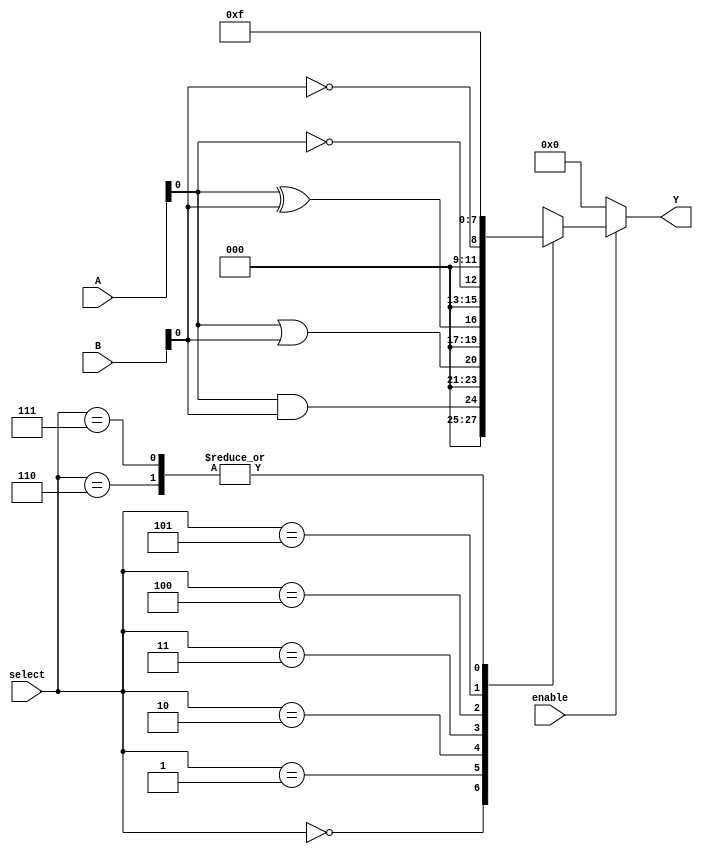
module CLB (
    input wire [3:0] A,          // Input signals (4-bit)
    input wire [3:0] B,          // Input signals (4-bit)
    input wire [2:0] select,     // Select signal for multiplexing
    input wire enable,            // Enable signal for the logic functions
    output reg [3:0] Y           // Output signals (4-bit)
);

// Internal signals for logic functions
wire and_out;
wire or_out;
wire xor_out;
wire not_a;
wire not_b;

// Logic functions
assign and_out = A & B;         // AND function
assign or_out = A | B;          // OR function
assign xor_out = A ^ B;         // XOR function
assign not_a = ~A;              // NOT function
assign not_b = ~B;              // NOT function

// Output logic based on select signal
always @(*) begin
    if (enable) begin
        case (select)
            3'b000: Y = and_out;  // Select AND output
            3'b001: Y = or_out;   // Select OR output
            3'b010: Y = xor_out;  // Select XOR output
            3'b011: Y = not_a;     // Select NOT A output
            3'b100: Y = not_b;     // Select NOT B output
            3'b101: Y = 4'b0000;   // Example: Select 0 output
            3'b110: Y = 4'b1111;   // Example: Select 1 output
            3'b111: Y = 4'b1111;   // Example: Select constant output
            default: Y = 4'b0000;  // Default case
        endcase
    end else begin
        Y = 4'b0000;               // If not enabled, output 0
    end
end

endmodule